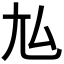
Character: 𡯆